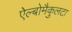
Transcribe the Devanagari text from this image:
ऐल्बोमैकुलटा